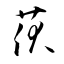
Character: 茯